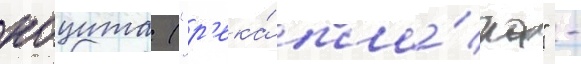
коцита ("р'ека́ пла́ча" -